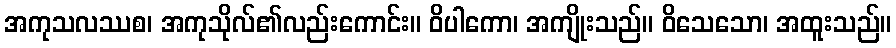
အကုသလဿစ၊ အကုသိုလ်၏လည်းကောင်း။ ဝိပါကော၊ အကျိုးသည်။ ဝိသေသော၊ အထူးသည်။